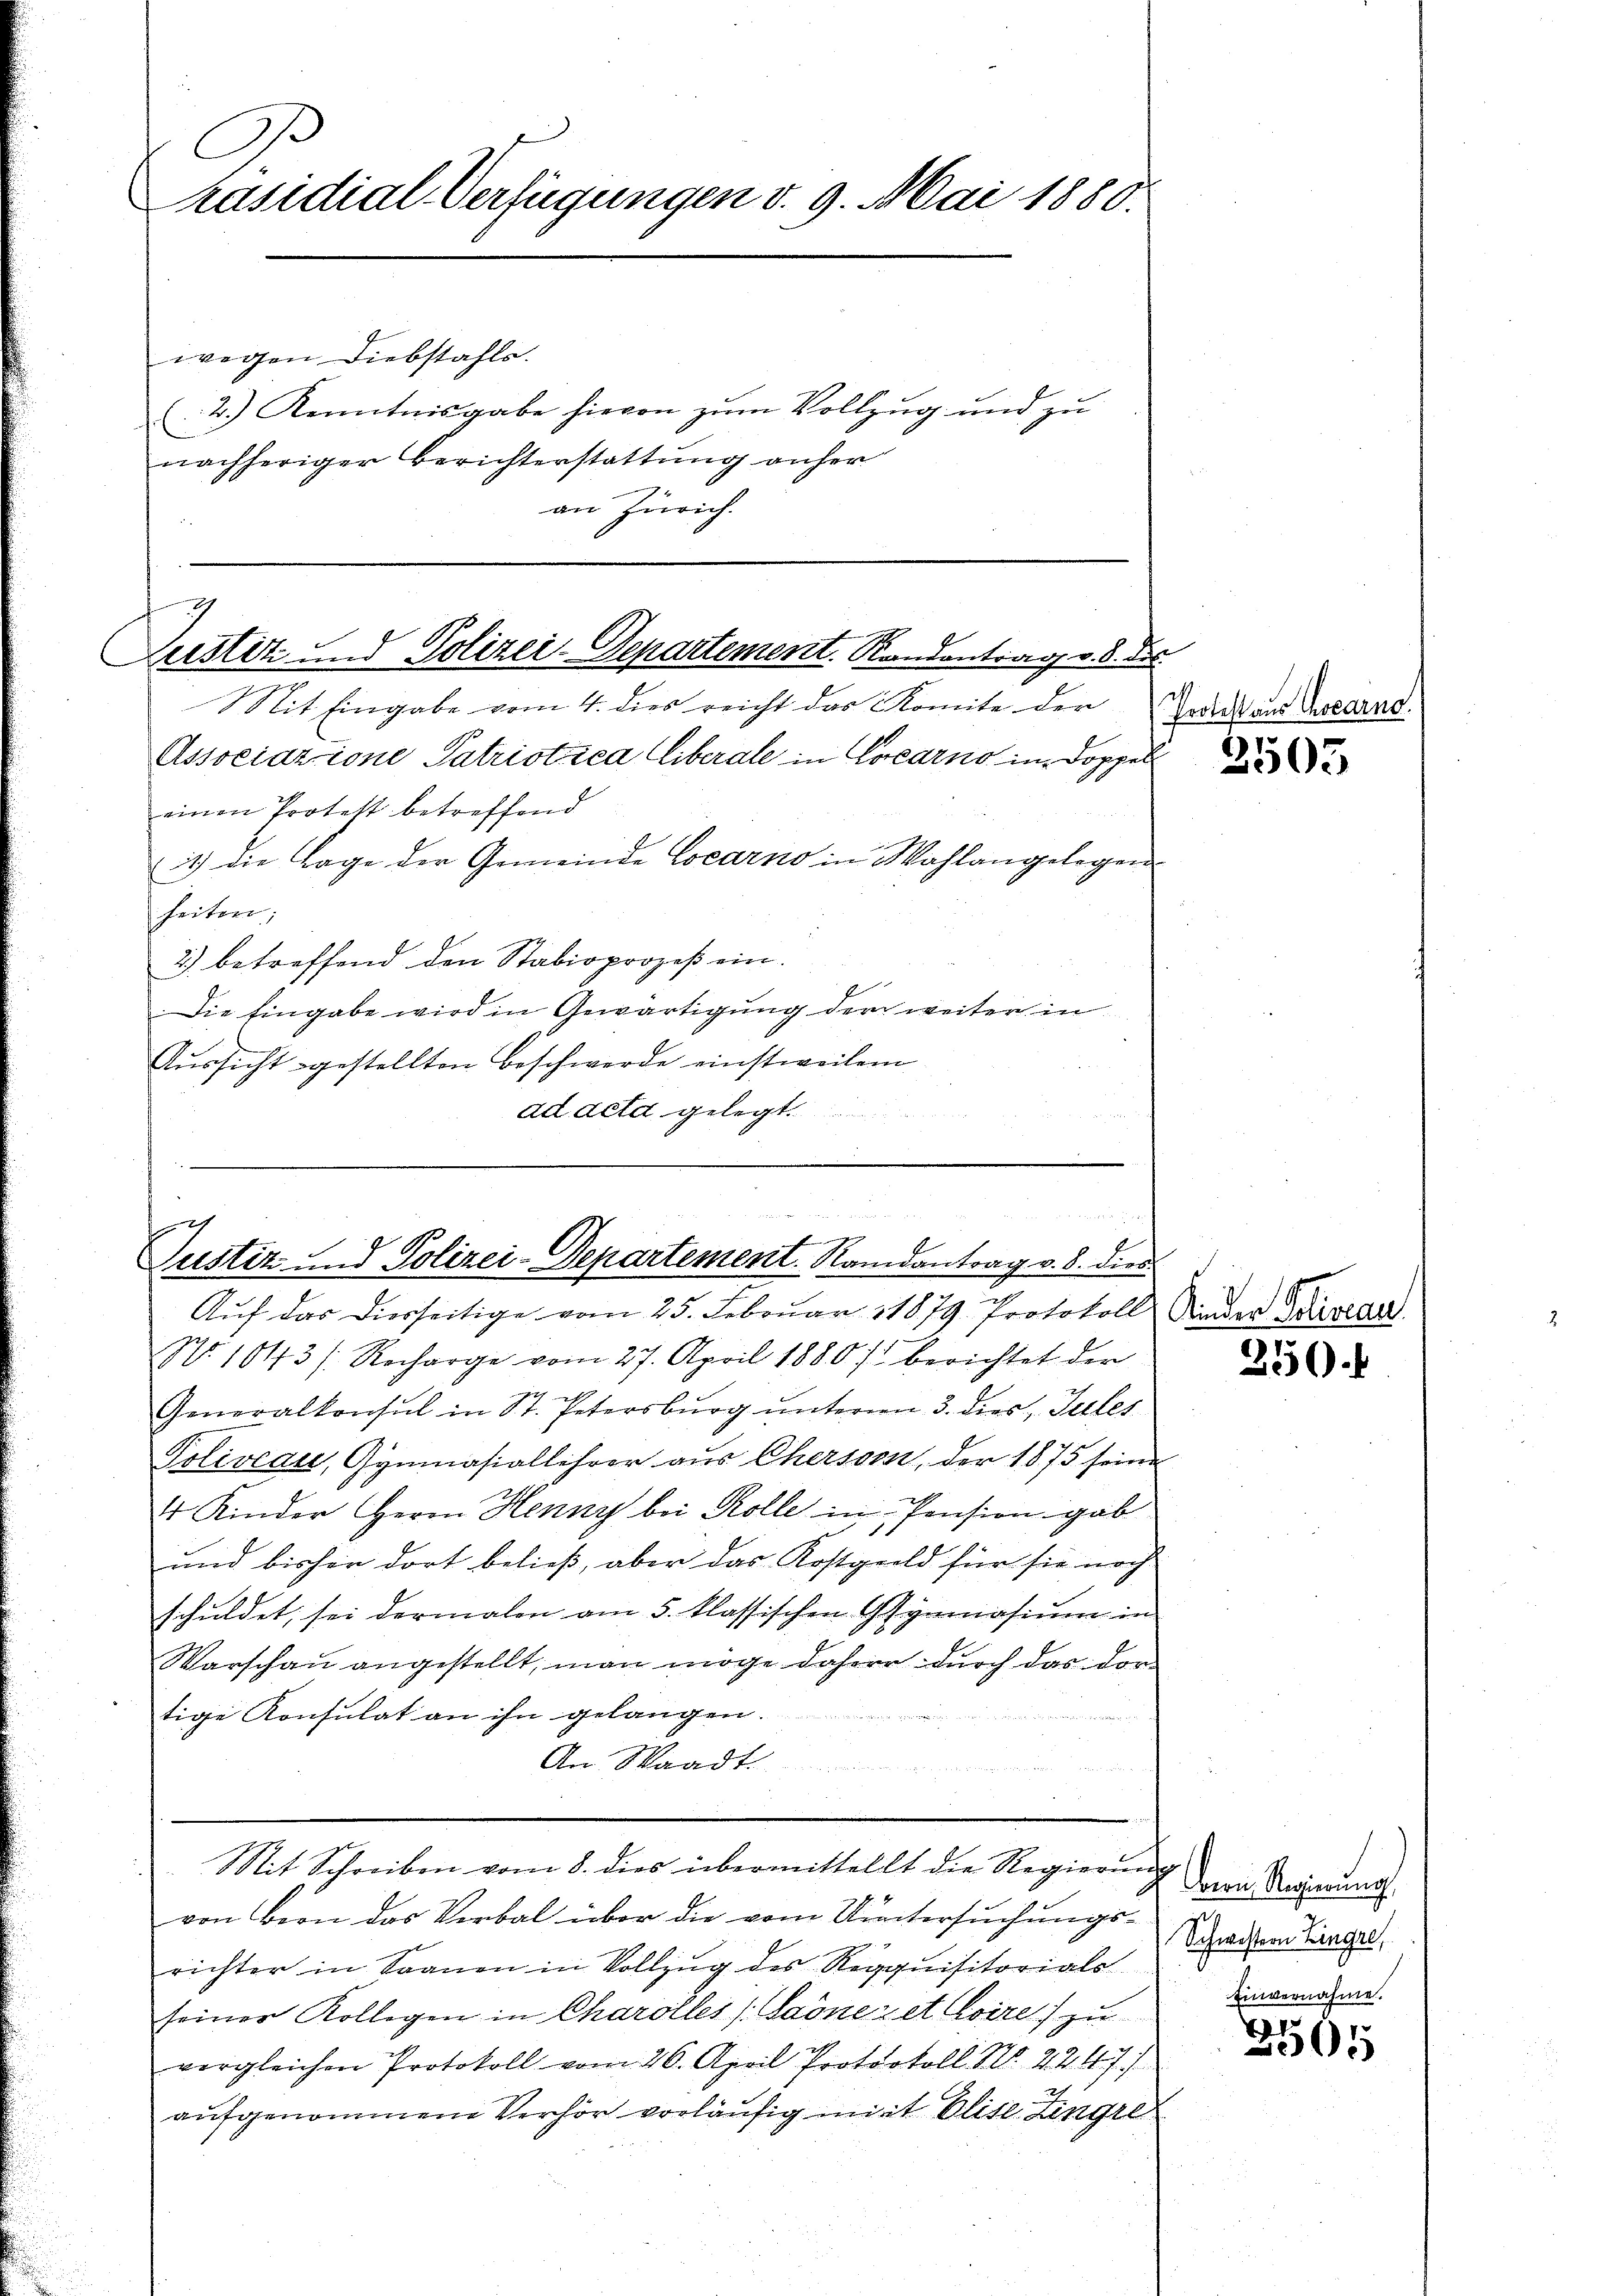
C
räsidial-Verfügungen v. 9. Mai 1880.

wegen Diebstahls.
2.) Kenntnisgabe hievon zum Vollzug und zu
nachheriger Berichterstattung anher
an Zürich.

Mit Eingabe vom 4. dies reicht das Komite der
Associazione Patriotica liberale in Locarno in Doppell
einen Protest betreffend
1) die Lage der Gemeinde Locarno in Wahlangelegen
heiten
2) betreffend den Stabioprozeß ein.
Die Eingabe wird in Gewärtigung der weiter in
Aussicht gestellten Beschwerde einstweilen
ad deta gelegt.

g
1
Justiz und Polizei-Departement. Randantrag v. 8. des

de
ammenen, eing
Justiz - Polizei-Departement. Randantrag v. 8. dies

Aŭf das diesseitige vom 25. Februar 11879 Protokoll Nieder Burcar
Nr. 1013 /: Recharge vom 27. April 1880 / berichtet der
Generalkonsul in St. Petersburg unterm 3. dies „Jules
Goliveau, Gymnasiallehrer aus Cherson, der 1875 seine
4 Kinder Herrn Henny bei Kolle in Pension gab
und bisher dort beließ, aber das Kostgeld für sie noch
schuldet, sei dermalen am 5. klassischen Gymnasium in
Warschau angestellt, man möge daher durch das dortige Konsulat an ihn gelangen.
An Waadt.

Mit Schreiben vom 8. dies übermittellt die Regierŭng
von Bion das Verbal über die vom Untersuchungsrichter in Saanen in Vollzug des Requisitorials
seiner Kollegen in Charalles (Saönezet Coire) zu
vergleichen Protokoll vom 26. April Protokoll No. 2247)
aŭfgenommene Verhör vorläufig mit Elise Zingre

Protest aus Cocarno.

2505

250.

Bern Regierung.
Schwestern Eingre
Einvernahme.

2565